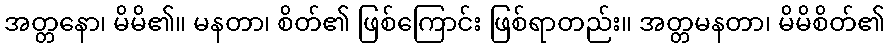
အတ္တနော၊ မိမိ၏။ မနတာ၊ စိတ်၏ ဖြစ်ကြောင်း ဖြစ်ရာတည်း။ အတ္တမနတာ၊ မိမိစိတ်၏